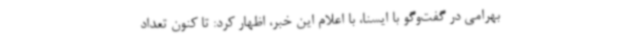
بهرامی در گفت‌وگو با ایسنا، با اعلام این خبر، اظهار کرد: تا کنون تعداد